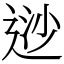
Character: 逤